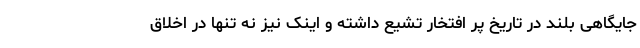
جایگاهی بلند در تاریخ پر افتخار تشیع داشته و اینک نیز نه تنها در اخلاق